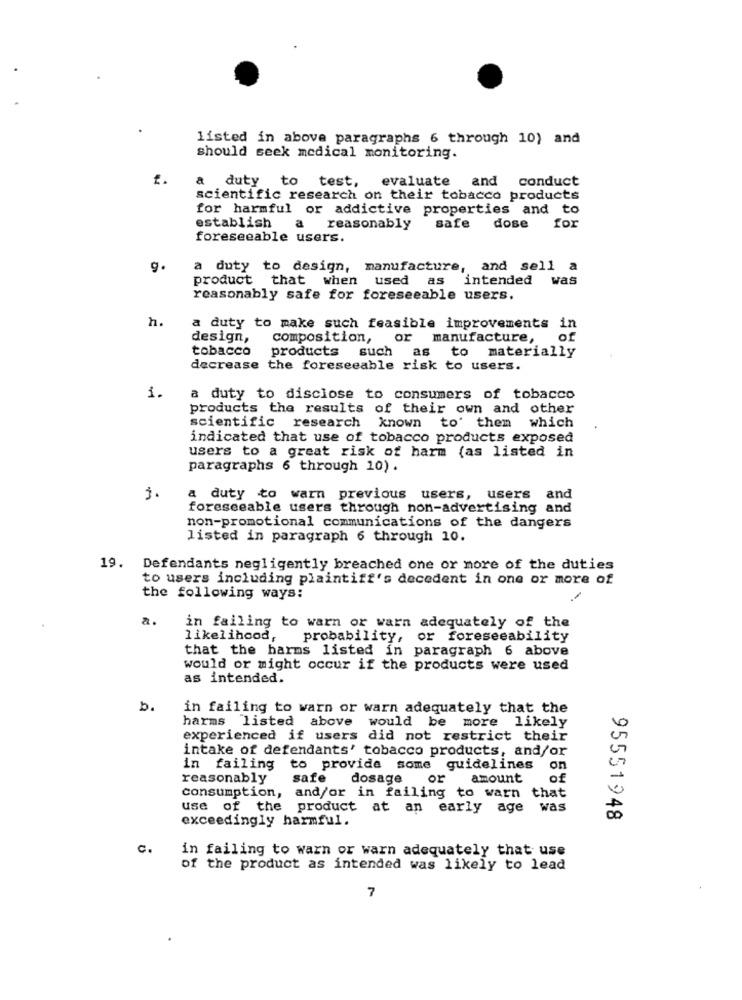
listed in above paragraphs 6 through 10) and
should seek medical monitoring.
a duty to test,
evaluate and
conduct
scientific research on their tobacco products
for harmful or addictive properties and to
establish
a
reasonably
safe
dose for
foreseeable users.
g.
a duty to design, manufacture,
and sell a
product that when
used as
intended
was
reasonably safe for foreseeable users.
h.
a duty to make such feasible improvements in
design,
composition,
or manufacture,
of
tobacco
products such
as to materially
decrease the foreseeable risk to users.
1.
a duty to disclose to consumers of tobacco
products the results of their own and other
scientific research known to' them which
indicated that use of tobacco products exposed
users to a great risk of harm (as listed in
paragraphs 6 through 10) .
j.
a duty to warn previous users, users and
foreseeable users through non-advertising and
non-promotional communications of the dangers
listed in paragraph 6 through 10.
19. Defendants negligently breached one or more of the duties
to users including plaintiff's decedent in one or more of
the following ways:
a.
in failing to warn or warn adequately of the
likelihood,
probability, or foreseeability
that the harms listed in paragraph 6 above
would or might occur if the products were used
as intended.
b.
in failing to warn or warn adequately that the
harms listed above would be more likely
experienced if users did not restrict their
intake of defendants' tobacco products, and/or
in failing to provide some guidelines
on
reasonably
safe
dosage
or
amount
of
consumption, and/or in failing to warn that
use of the product at an early age was
exceedingly harmful.
95551948
c.
in failing to warn or warn adequately that use
of the product as intended was likely to lead
7